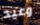
وعيد